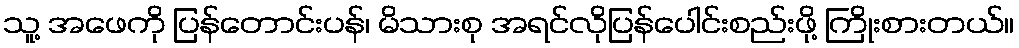
သူ့ အဖေကို ပြန်တောင်းပန်၊ မိသားစု အရင်လိုပြန်ပေါင်းစည်းဖို့ ကြိုးစားတယ်။